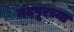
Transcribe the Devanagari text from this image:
नंदपूरच्या